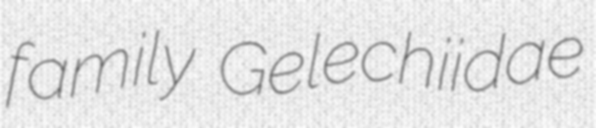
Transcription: family Gelechiidae